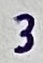
Text: 3